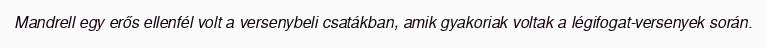
Mandrell egy erős ellenfél volt a versenybeli csatákban, amik gyakoriak voltak a légifogat-versenyek során.